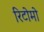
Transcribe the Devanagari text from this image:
रिटोमो